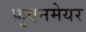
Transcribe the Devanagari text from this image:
फ़ुएनमेयर